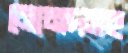
নোনদসহ